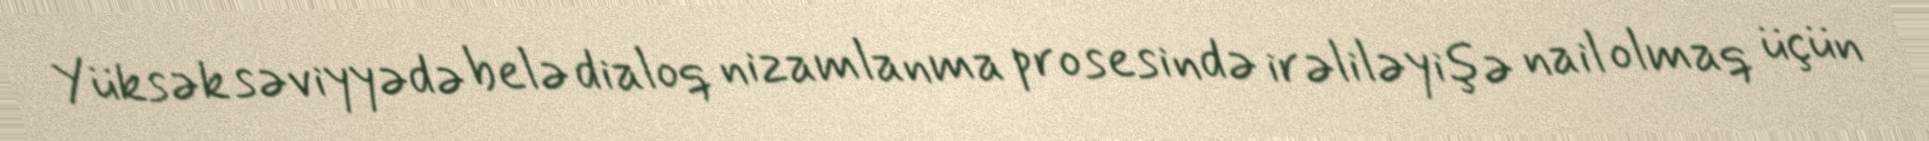
Yüksək səviyyədə belə dialoq nizamlanma prosesində irəliləyişə nail olmaq üçün